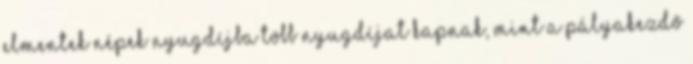
elmentek népek nyugdíjba több nyugdíjat kapnak, mint a pályakezdő